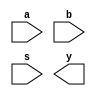
`timescale 1ns / 1ps
//////////////////////////////////////////////////////////////////////////////////
// Company: 
// Engineer: 
// 
// Design Name: 
// Module Name: mux_2x1
// Project Name: 
// Target Devices: 
// Tool Versions: 
// Description: 
// 
// Dependencies: 
// 
// Revision:
// Revision 0.01 - File Created
// Additional Comments:
// 
//////////////////////////////////////////////////////////////////////////////////


module mux_2x1(
    input a,b,s,
    output y
    );
endmodule